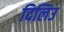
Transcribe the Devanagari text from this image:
दिलिउ